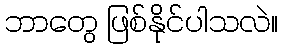
ဘာတွေ ဖြစ်နိုင်ပါသလဲ။